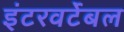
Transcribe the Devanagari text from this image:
इंटरवर्टेबल